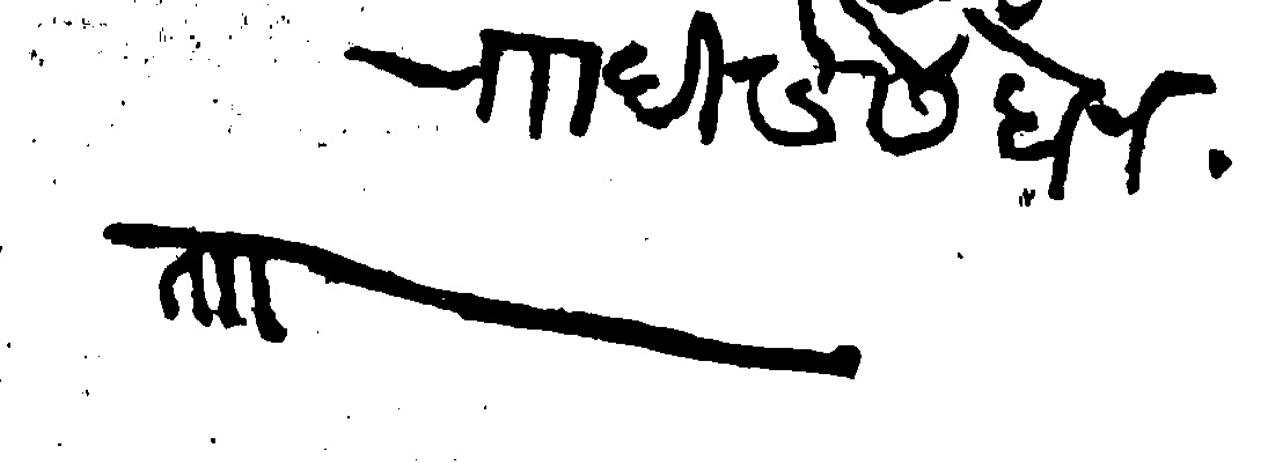
Transliteration (Devanagari):  दिडशे होन ताा